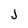
Character: J